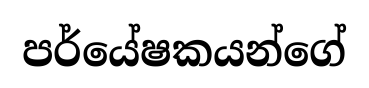
පර්යේෂකයන්ගේ